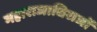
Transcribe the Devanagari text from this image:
महाराजाधिराजों